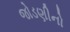
જોડણીનો